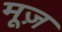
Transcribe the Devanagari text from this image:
मूज़